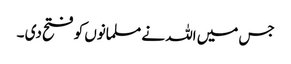
جس میں اللہ نے مسلمانوں کو فتح دی ۔